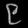
Digit: ၉